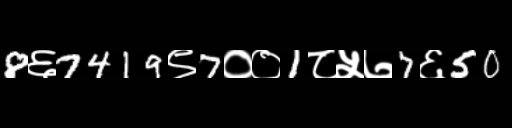
Text: 8६7419९7००1८५७7६50